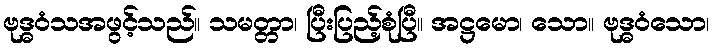
ဗုဒ္ဓဝံသအဖွင့်သည်။ သမတ္တာ၊ ပြီးပြည့်စုံပြီ။ အဋ္ဌမော၊ သော။ ဗုဒ္ဓဝံသော၊